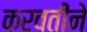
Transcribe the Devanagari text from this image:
करवतीने